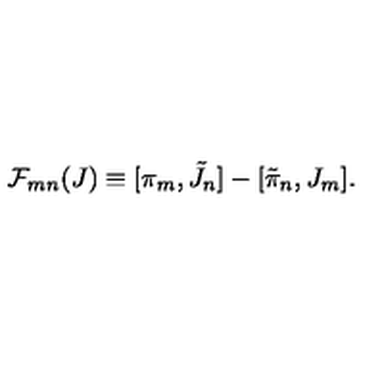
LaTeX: { \cal F } _ { m n } ( J ) \equiv [ \pi _ { m } , \tilde { J } _ { n } ] - [ \tilde { \pi } _ { n } , J _ { m } ] .